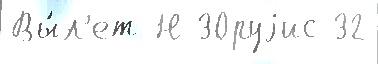
Вы́л'ет Н 30руjис 32